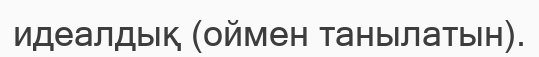
идеалдық (оймен танылатын).